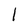
Character: I